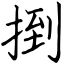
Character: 捯